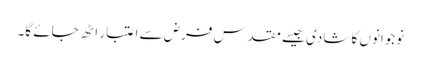
نوجوانوں کا شادی جیسے مقدس فرض سے اعتبار اٹھ جائے گا۔